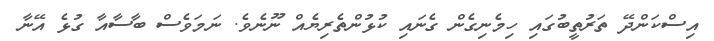
އިސްކަންދޭ ތަރުތީބުގައި ހިމެނިގެން ގެނައި ކުޅުންތެރިޔެއް ނޫނެވެ. ނަމަވެސް ބާސާއާ ގުޅެ އޭނާ